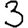
Digit: 3